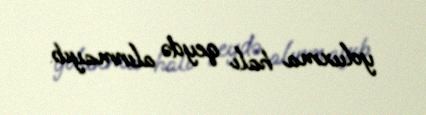
yoluxma halı qeydə alınmayıb.